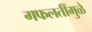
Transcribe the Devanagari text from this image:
गफलतींमुळे